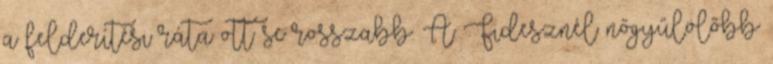
a felderítési ráta ott se rosszabb. A Fidesznél nőgyűlölőbb